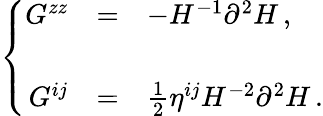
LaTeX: \left\{ \begin{array}{rcl}{{G^{zz}}}&{{=}}&{{-H^{-1}\partial^{2}H\, ,}}\\ {{}}&{{}}&{{}}\\ {{G^{ij}}}&{{=}}&{{\frac{1}{2}\eta^{ij}H^{-2}\partial^{2}H\, .}}\end{array}\right.